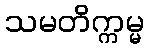
သမတိက္ကမ္မ